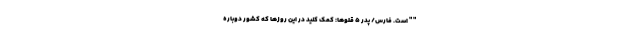
" " است. فارس/ پدر ۵ ‌قلوها: کمک کنید در این روزها که کشور دوباره